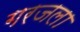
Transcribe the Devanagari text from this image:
गरजला